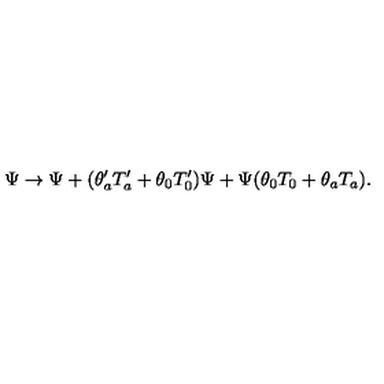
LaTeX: \Psi \rightarrow \Psi + ( \theta _ { a } ^ { \prime } T _ { a } ^ { \prime } + \theta _ { 0 } T _ { 0 } ^ { \prime } ) \Psi + \Psi ( \theta _ { 0 } T _ { 0 } + \theta _ { a } T _ { a } ) .